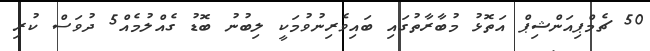
50 ޗެމްޕިއަންޝިޕް އަތޮޅު މުބާރާތުގައި ބައިވެރިނުވުމަކީ ލިބުނު ބޮޑު ގެއްލުމެއް5 ދުވަސް ކުރި